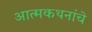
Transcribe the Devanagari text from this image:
आत्मकथनांचे